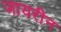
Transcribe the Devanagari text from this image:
जायरीन